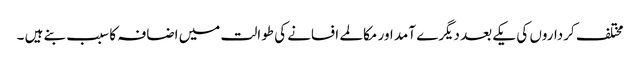
مختلف کرداروں کی یکے بعد دیگرے آمد اور مکالمے افسانے کی طوالت میں اضافہ کا سبب بنے ہیں ۔